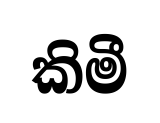
කිමී